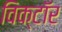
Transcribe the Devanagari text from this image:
विक्टॉर